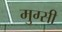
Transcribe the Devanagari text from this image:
मुग्सी